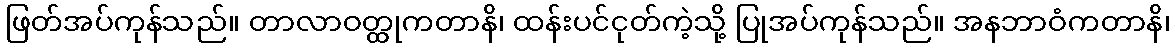
ဖြတ်အပ်ကုန်သည်။ တာလာဝတ္ထုကတာနိ၊ ထန်းပင်ငုတ်ကဲ့သို့ ပြုအပ်ကုန်သည်။ အနဘာဝံကတာနိ၊